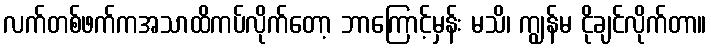
လက်တစ်ဖက်ကအသာထိကပ်လိုက်တော့ ဘာကြောင့်မှန်း မသိ၊ ကျွန်မ ငိုချင်လိုက်တာ။